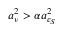
\boldsymbol { a } _ { \nu } ^ { 2 } > \alpha \boldsymbol { a } _ { c _ { S } } ^ { 2 }